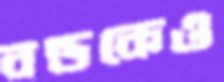
বন্ডকেও